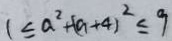
1 \leq a ^ { 2 } + ( a + 4 ) ^ { 2 } \leq 9